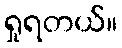
ရှုရတယ်။